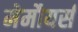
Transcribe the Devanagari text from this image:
मेमौयर्स